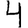
Digit: 4